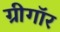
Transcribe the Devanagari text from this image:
ग्रीगॉर